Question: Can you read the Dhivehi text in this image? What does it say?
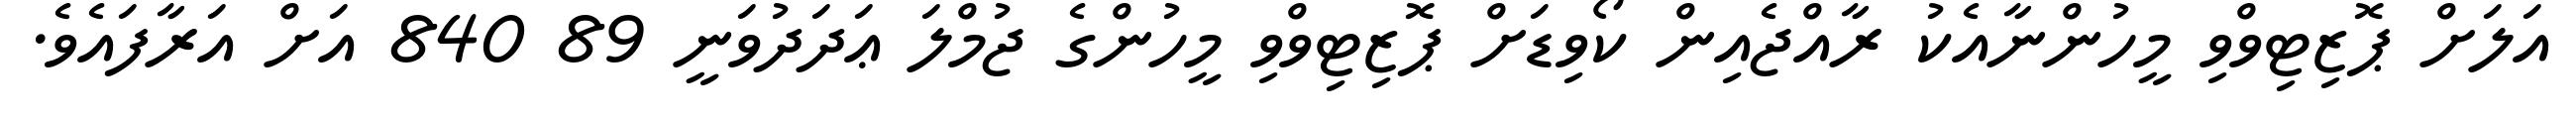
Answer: އަލަށް ޕޮޒިޓިވްވި މީހުންނާއެކު ރާއްޖެއިން ކޯވިޑަށް ޕޮޒިޓިވްވި މީހުންގެ ޖުމްލަ ޢަދަދުވަނީ 89 840 އަށް އަރާފައެވެ.